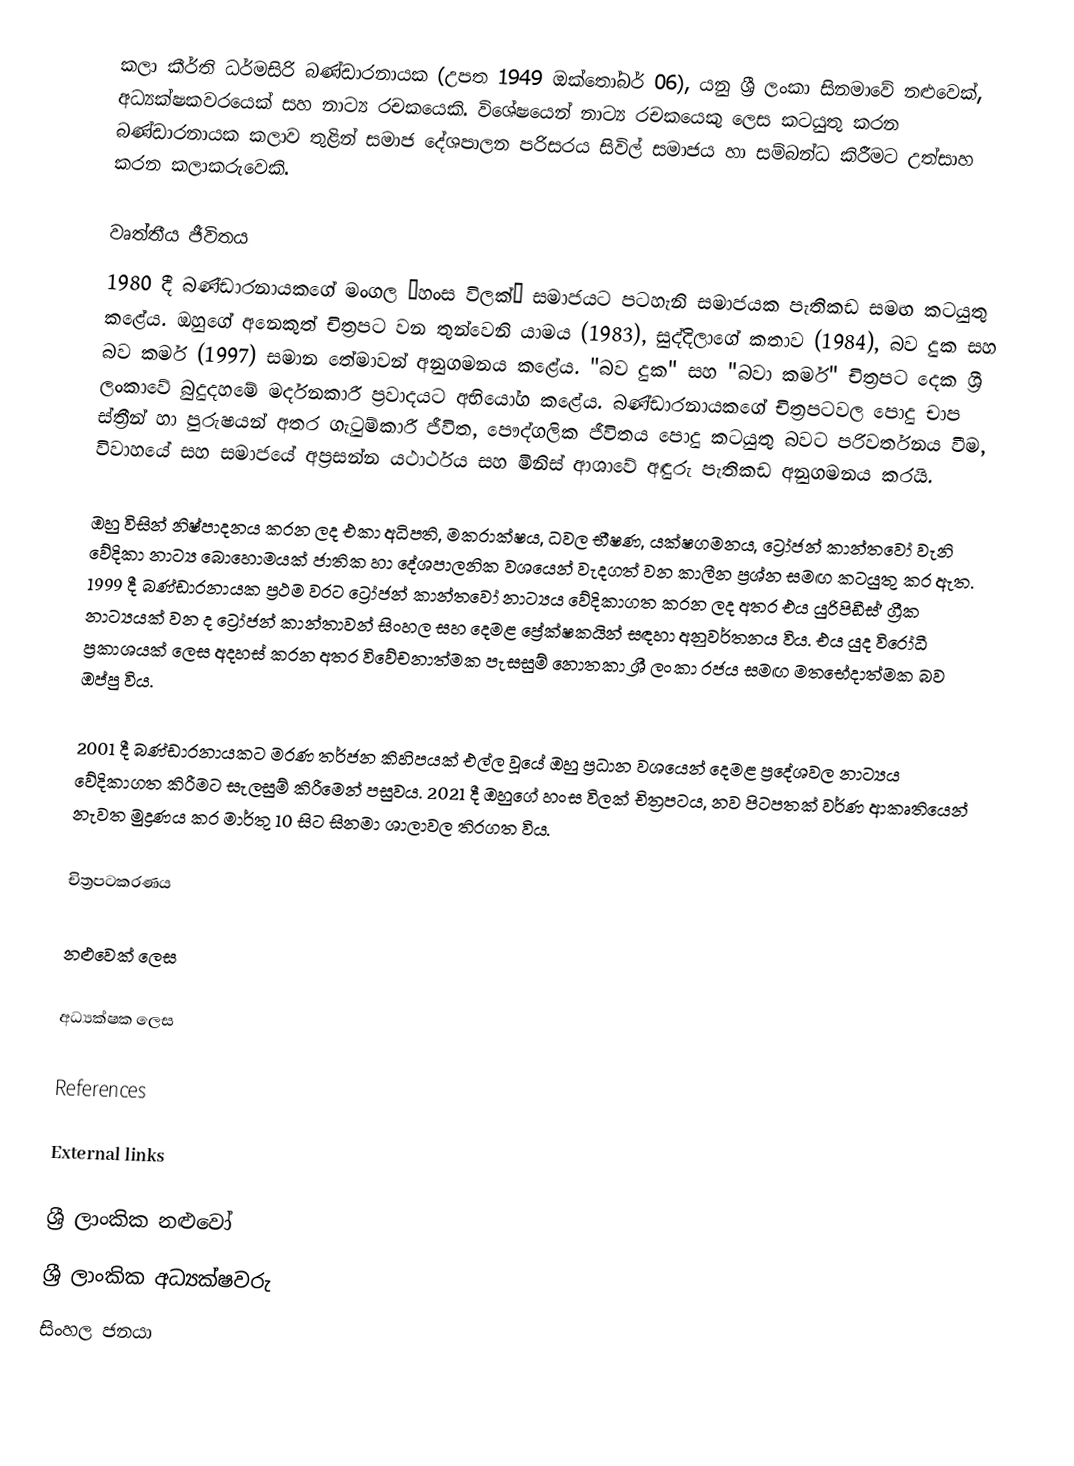
කලා කීර්ති ධර්මසිරි බණ්ඩාරනායක (උපත 1949 ඔක්තෝබර් 06), යනු ශ්‍රී ලංකා සිනමාවේ නළුවෙක්, අධ්‍යක්ෂකවරයෙක් සහ නාට්‍ය රචකයෙකි. විශේෂයෙන් නාට්‍ය රචකයෙකු ලෙස කටයුතු කරන බණ්ඩාරනායක කලාව තුළින් සමාජ දේශපාලන පරිසරය සිවිල් සමාජය හා සම්බන්ධ කිරීමට උත්සාහ කරන කලාකරුවෙකි.

වෘත්තීය ජීවිතය
1980 දී බණ්ඩාරනායකගේ මංගල “හංස විලක්” සමාජයට පටහැනි සමාජයක පැතිකඩ සමඟ කටයුතු කළේය. ඔහුගේ අනෙකුත් චිත්‍රපට වන තුන්වෙනි යාමය (1983), සුද්දිලාගේ කතාව (1984), බව දුක සහ බව කර්ම (1997) සමාන තේමාවන් අනුගමනය කළේය. "බව දුක" සහ "බවා කර්ම" චිත්‍රපට දෙක ශ්‍රී ලංකාවේ බුදුදහමේ මර්දනකාරී ප්‍රවාදයට අභියෝග කළේය. බණ්ඩාරනායකගේ චිත්‍රපටවල පොදු චාප ස්ත්‍රීන් හා පුරුෂයන් අතර ගැටුම්කාරී ජීවිත, පෞද්ගලික ජීවිතය පොදු කටයුතු බවට පරිවර්තනය වීම, විවාහයේ සහ සමාජයේ අප්‍රසන්න යථාර්ථය සහ මිනිස් ආශාවේ අඳුරු පැතිකඩ අනුගමනය කරයි.

ඔහු විසින් නිෂ්පාදනය කරන ලද එකා අධිපති, මකරාක්ෂය, ධවල භීෂණ, යක්ෂගමනය, ට්‍රෝජන් කාන්තවෝ වැනි වේදිකා නාට්‍ය බොහොමයක් ජාතික හා දේශපාලනික වශයෙන් වැදගත් වන කාලීන ප්‍රශ්න සමඟ කටයුතු කර ඇත. 1999 දී බණ්ඩාරනායක ප්‍රථම වරට ට්‍රෝජන් කාන්තවෝ නාට්‍යය වේදිකාගත කරන ලද අතර එය යුරිපිඩීස්' ග්‍රීක නාට්‍යයක් වන ද ට්‍රෝජන් කාන්තාවන් සිංහල සහ දෙමළ ප්‍රේක්ෂකයින් සඳහා අනුවර්තනය විය. එය යුද විරෝධී ප්‍රකාශයක් ලෙස අදහස් කරන අතර විවේචනාත්මක පැසසුම් නොතකා ශ්‍රී ලංකා රජය සමඟ මතභේදාත්මක බව ඔප්පු විය.

2001 දී බණ්ඩාරනායකට මරණ තර්ජන කිහිපයක් එල්ල වූයේ ඔහු ප්‍රධාන වශයෙන් දෙමළ ප්‍රදේශවල නාට්‍යය වේදිකාගත කිරීමට සැලසුම් කිරීමෙන් පසුවය. 2021 දී ඔහුගේ හංස විලක් චිත්‍රපටය, නව පිටපතක් වර්ණ ආකෘතියෙන් නැවත මුද්‍රණය කර මාර්තු 10 සිට සිනමා ශාලාවල තිරගත විය.

චිත්‍රපටකරණය

නළුවෙක් ලෙස

අධ්‍යක්ෂක ලෙස

References

External links

ශ්‍රී ලාංකික නළුවෝ
ශ්‍රී ලාංකික අධ්‍යක්ෂවරු
සිංහල ජනයා